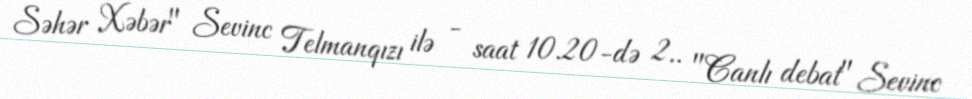
Səhər Xəbər" Sevinc Telmanqızı ilə - saat 10.20-də 2.. "Canlı debat" Sevinc